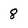
Character: 8